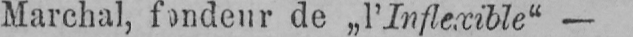
Marchal, fondeur de „l’Inflexible“ -